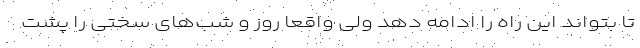
تا بتواند این راه را ادامه دهد ولی واقعا روز و شب‌های سختی را پشت